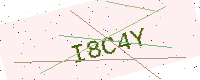
Text: I8C4Y